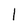
Character: 1